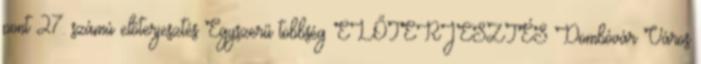
pont 27. számú előterjesztés Egyszerű többség ELŐTERJESZTÉS Dombóvár Város